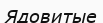
Ядовитые